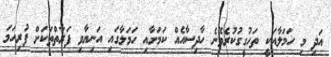
އަދި މި ހަމަލާއަކީ ތަހުގީގުކުރެވޭނެ ހާދިސާއެއް ކަމަށާއި ހަމަލާގައި އަނިޔާވި ފަރާތްތަކަށް ފުރިހަމަ